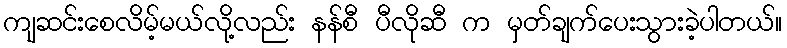
ကျဆင်းစေလိမ့်မယ်လို့လည်း နန်စီ ပီလိုဆီ က မှတ်ချက်ပေးသွားခဲ့ပါတယ်။